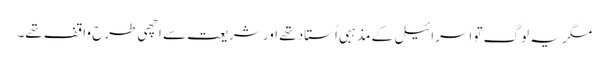
‏ مگر یہ لوگ تو اِسرائیل کے مذہبی اُستاد تھے اور شریعت سے اچھی طرح واقف تھے۔